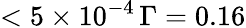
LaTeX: <5\times 10^{-4}\, \Gamma=0.16